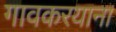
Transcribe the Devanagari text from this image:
गावकरयाना